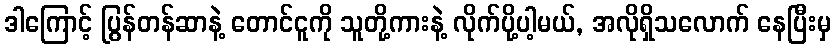
ဒါကြောင့် ပြွန်တန်ဆာနဲ့ တောင်ငူကို သူတို့ကားနဲ့ လိုက်ပို့ပါ့မယ်, အလိုရှိသလောက် နေပြီးမှ